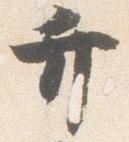
弁